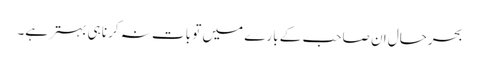
بحرحال ان صاحب کے بارے میں تو بات نہ کرنا ہی بہتر ہے۔